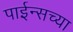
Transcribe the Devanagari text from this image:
पाईन्सच्या